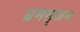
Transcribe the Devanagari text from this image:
भ्रमसृजन